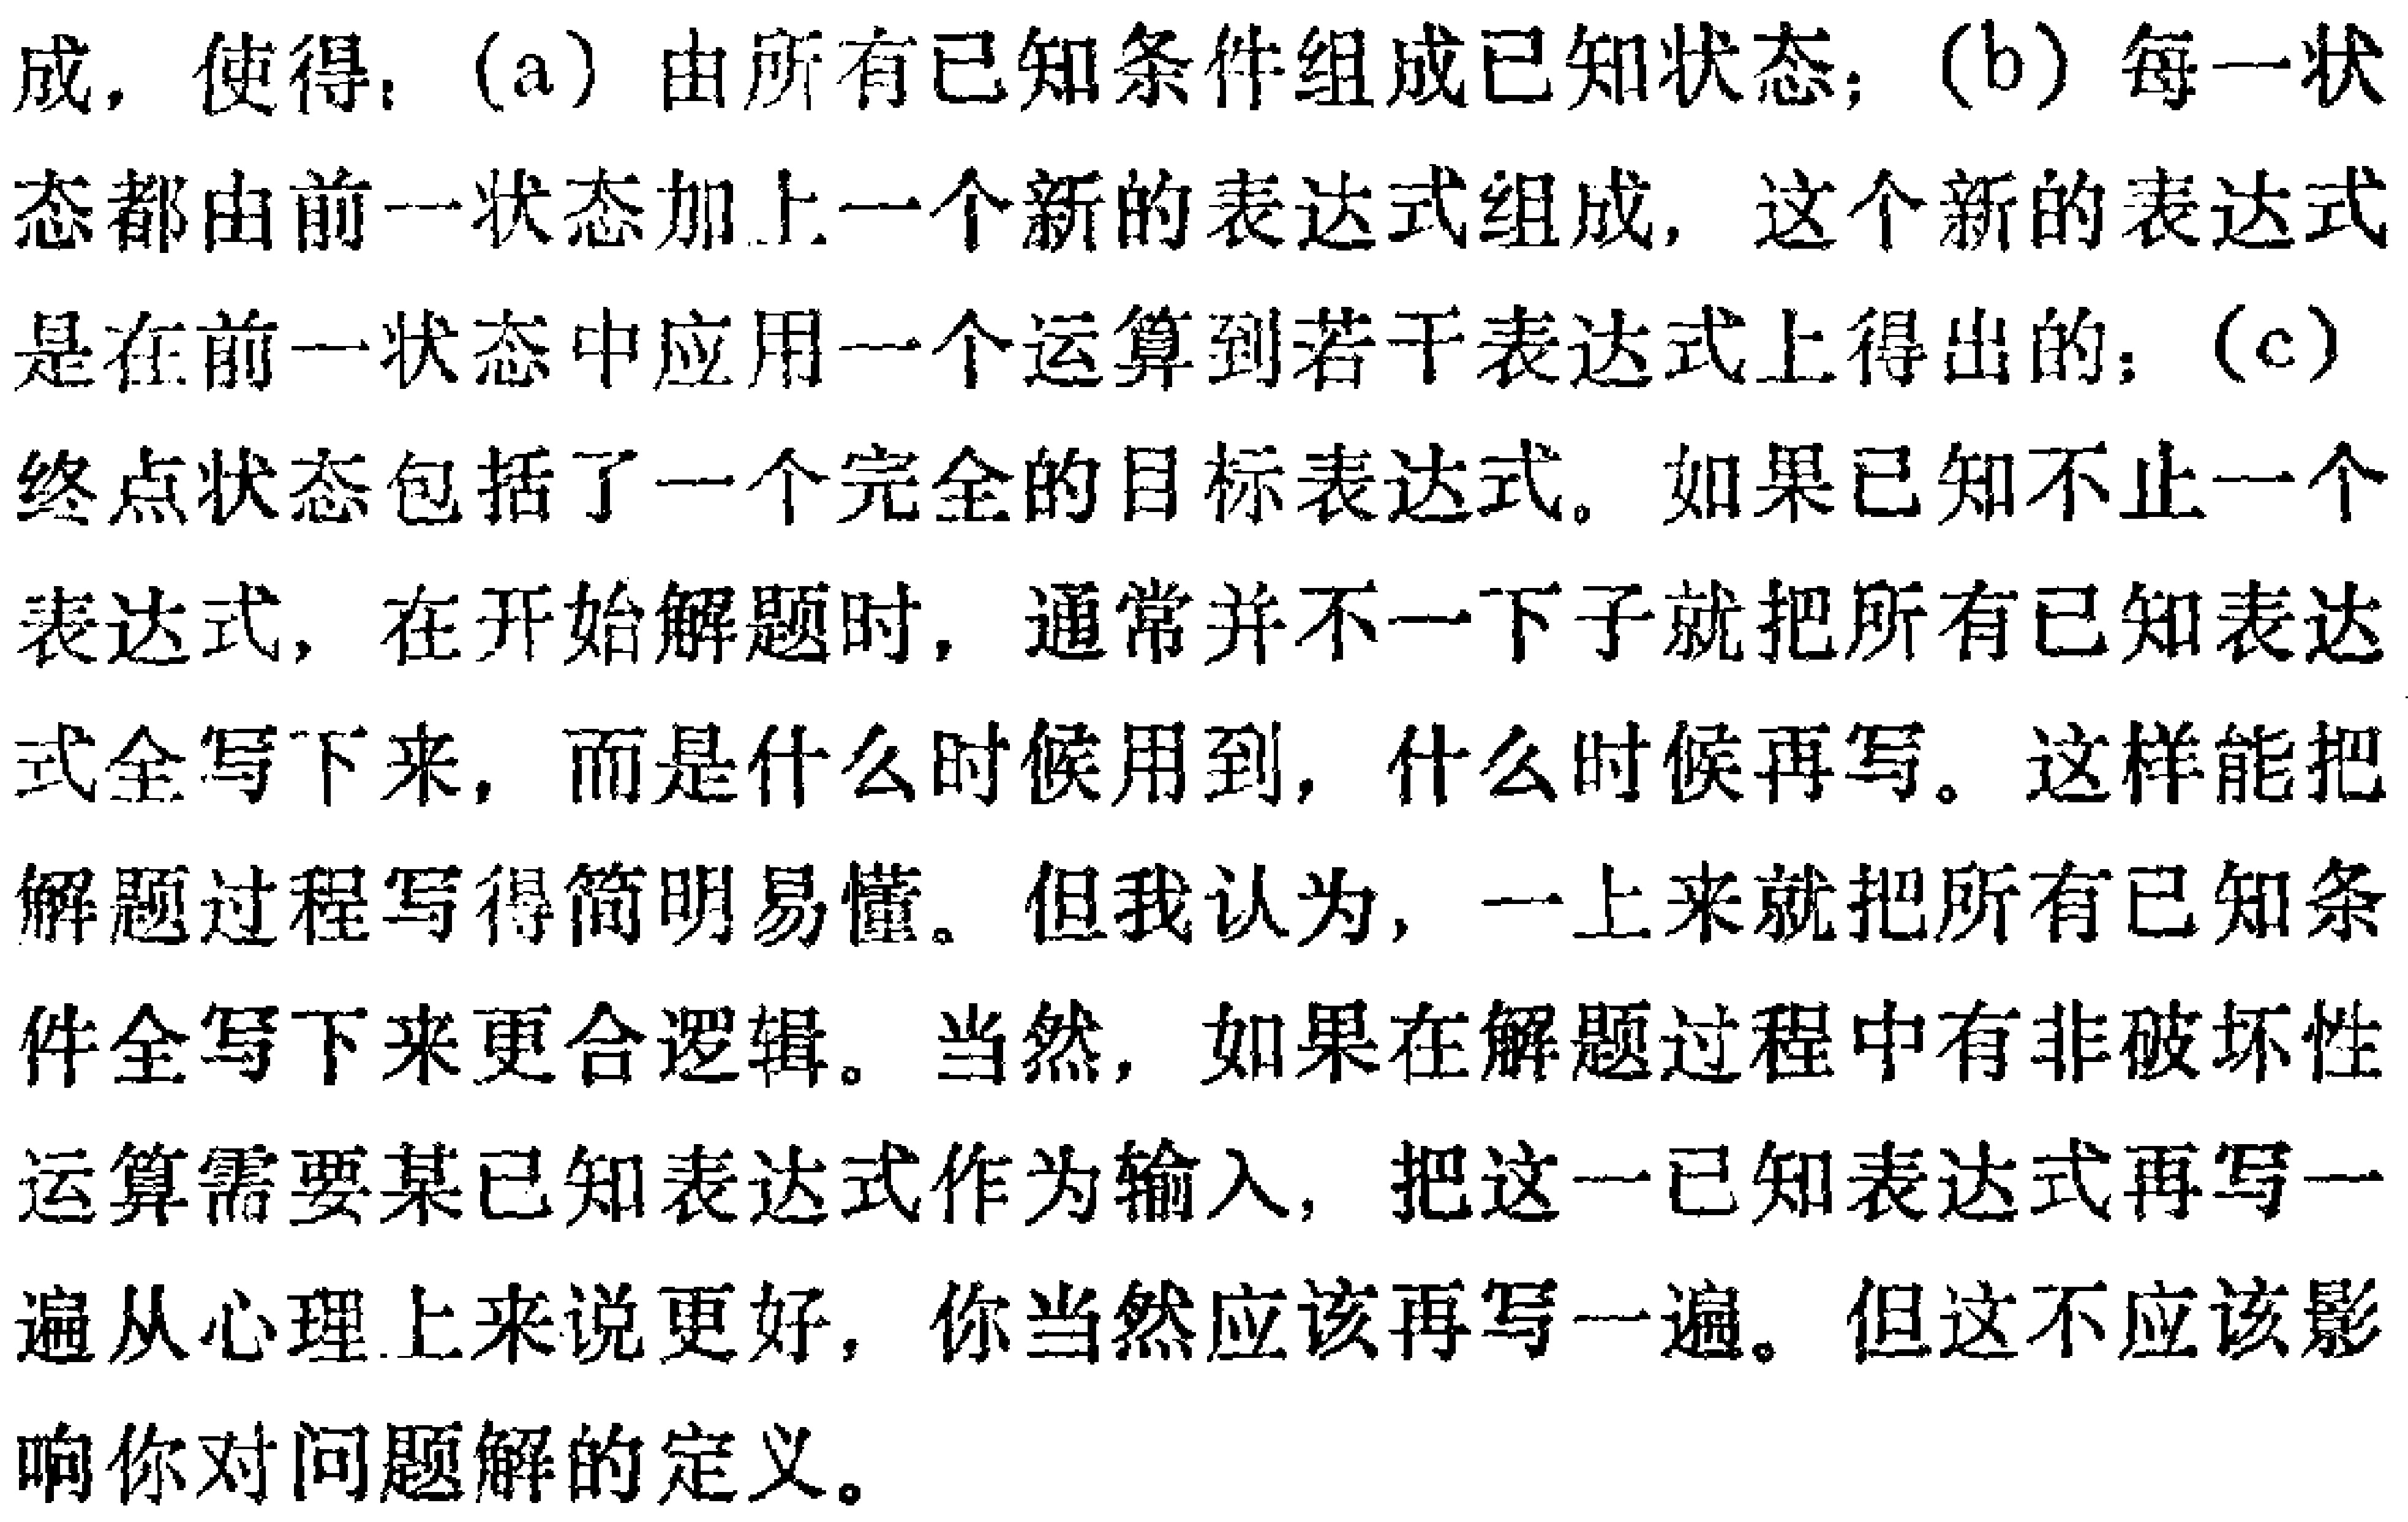
成，使得：(a) 由所有已知条件组成已知状态；(b) 每一状态都由前一状态加上一个新的表达式组成，这个新的表达式是在前一状态中应用一个运算到若干表达式上得出的；(c) 终点状态包括了一个完全的目标表达式。如果已知不止一个表达式，在开始解题时，通常并不一下子就把所有已知表达式全写下来，而是什么时候用到，什么时候再写。这样能把解题过程写得简明易懂。但我认为，一上来就把所有已知条件全写下来更合逻辑。当然，如果在解题过程中有非破坏性运算需要某已知表达式作为输入，把这一已知表达式再写一遍从心理上来说更好，你当然应该再写一遍。但这不应该影响你对问题解的定义。